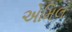
એમિલ